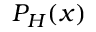
P _ { H } ( x )